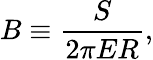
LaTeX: B\equiv{\frac{S}{2\pi ER}},